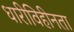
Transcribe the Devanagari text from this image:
धारीविहीनता